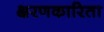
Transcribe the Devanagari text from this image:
क्षरणकारिता